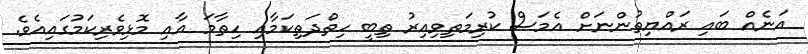
އަނެއް ބައި ރައްޔިތުންނަށް އެމަސް ކުރިމަތިވިއިރު ތިބީ ހިތްދަތިކަމާއި ހިތާމަ އާއި މޮޅިވެރިކަމުގައިއެވެ.